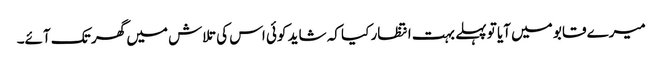
میرے قابو میں آیا تو پہلے بہت انتظار کیا کہ شاید کوئی اس کی تلاش میں گھر تک آئے۔